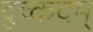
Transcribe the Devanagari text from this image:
दुच्कदम्